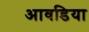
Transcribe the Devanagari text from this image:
आवडिया